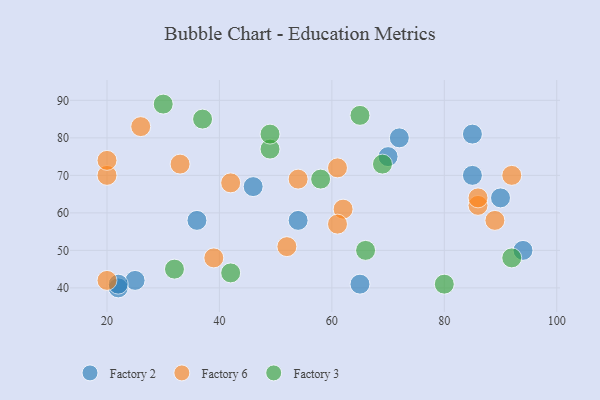
{"axis": {"x": "GDP", "y": "Life Expectancy"}, "legend": ["Factory 2", "Factory 3", "Factory 6"], "data": [{"x": "65", "y": 41, "type": "Factory 2"}, {"x": "46", "y": 67, "type": "Factory 2"}, {"x": "85", "y": 70, "type": "Factory 2"}, {"x": "54", "y": 58, "type": "Factory 2"}, {"x": "85", "y": 81, "type": "Factory 2"}, {"x": "94", "y": 50, "type": "Factory 2"}, {"x": "25", "y": 42, "type": "Factory 2"}, {"x": "70", "y": 75, "type": "Factory 2"}, {"x": "72", "y": 80, "type": "Factory 2"}, {"x": "90", "y": 64, "type": "Factory 2"}, {"x": "36", "y": 58, "type": "Factory 2"}, {"x": "22", "y": 40, "type": "Factory 2"}, {"x": "22", "y": 41, "type": "Factory 2"}, {"x": "92", "y": 70, "type": "Factory 6"}, {"x": "86", "y": 62, "type": "Factory 6"}, {"x": "52", "y": 51, "type": "Factory 6"}, {"x": "20", "y": 70, "type": "Factory 6"}, {"x": "61", "y": 72, "type": "Factory 6"}, {"x": "62", "y": 61, "type": "Factory 6"}, {"x": "33", "y": 73, "type": "Factory 6"}, {"x": "26", "y": 83, "type": "Factory 6"}, {"x": "54", "y": 69, "type": "Factory 6"}, {"x": "61", "y": 57, "type": "Factory 6"}, {"x": "42", "y": 68, "type": "Factory 6"}, {"x": "86", "y": 64, "type": "Factory 6"}, {"x": "39", "y": 48, "type": "Factory 6"}, {"x": "20", "y": 42, "type": "Factory 6"}, {"x": "89", "y": 58, "type": "Factory 6"}, {"x": "20", "y": 74, "type": "Factory 6"}, {"x": "65", "y": 86, "type": "Factory 3"}, {"x": "66", "y": 50, "type": "Factory 3"}, {"x": "92", "y": 48, "type": "Factory 3"}, {"x": "49", "y": 77, "type": "Factory 3"}, {"x": "80", "y": 41, "type": "Factory 3"}, {"x": "30", "y": 89, "type": "Factory 3"}, {"x": "37", "y": 85, "type": "Factory 3"}, {"x": "42", "y": 44, "type": "Factory 3"}, {"x": "69", "y": 73, "type": "Factory 3"}, {"x": "58", "y": 69, "type": "Factory 3"}, {"x": "32", "y": 45, "type": "Factory 3"}, {"x": "49", "y": 81, "type": "Factory 3"}]}